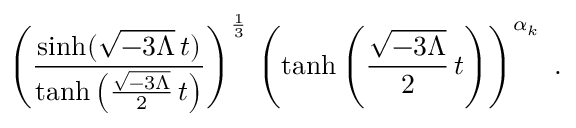
\left( \frac { \sinh ( \sqrt { - 3 \Lambda } \, t ) } { \operatorname { t a n h } \left( \frac { \sqrt { - 3 \Lambda } } { 2 } \, t \right) } \right) ^ { \frac { 1 } { 3 } } \, \left( \operatorname { t a n h } \left( \frac { \sqrt { - 3 \Lambda } } { 2 } \, t \right) \right) ^ { \alpha _ { k } } \ .